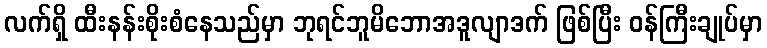
လက်ရှိ ထီးနန်းစိုးစံနေသည်မှာ ဘုရင်ဘူမိဘောအဒူလျာဒက် ဖြစ်ပြီး ဝန်ကြီးချုပ်မှာ